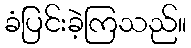
ခံပြင်းခဲ့ကြသည်။